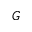
G